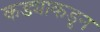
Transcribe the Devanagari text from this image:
कड्याकडून